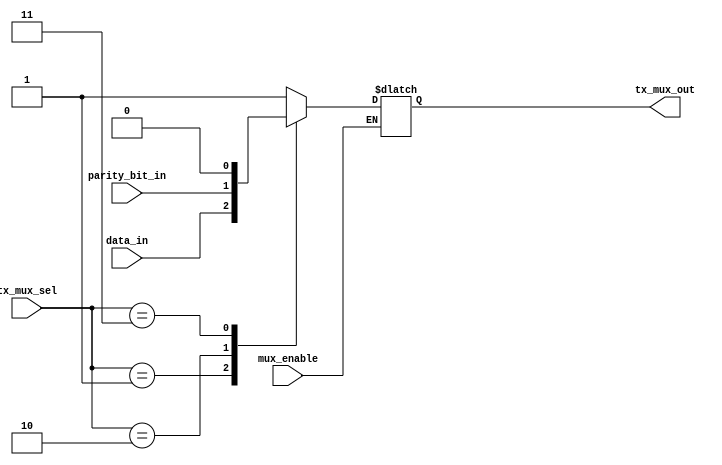
`timescale 10ns / 1ps
//////////////////////////////////////////////////////////////////////////////////
// Company: 
// Engineer: 
// 
// Design Name: 
// Module Name: TRANSMITTER_MUX
// Project Name: 
// Target Devices: 
// Tool Versions: 
// Description: 
// 
// Dependencies: 
// 
// Revision:
// Revision 0.01 - File Created
// Additional Comments:
// 
//////////////////////////////////////////////////////////////////////////////////


module TRANSMITTER_MUX(
    input  [1:0]tx_mux_sel,
    input       data_in,
    input       parity_bit_in,
    input       mux_enable, 
    output reg tx_mux_out
    );
    
localparam START_BIT = 1'b1;
localparam STOP_BIT =  1'b0;    
    
always @ (tx_mux_sel or mux_enable or data_in or parity_bit_in) begin
    if(mux_enable) begin
        case (tx_mux_sel) 
            2'b00: tx_mux_out <= 1;
            2'b01: tx_mux_out <= data_in;
            2'b10: tx_mux_out <= parity_bit_in;
            2'b11: tx_mux_out <= STOP_BIT;
        endcase
    end
end

endmodule